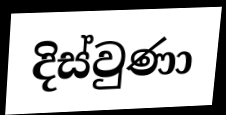
දිස්වුණා